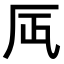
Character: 𠨷